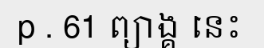
p . 61 ព្យាង្គ នេះ